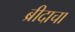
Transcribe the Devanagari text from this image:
ब्रीदाचा